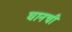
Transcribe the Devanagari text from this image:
घानची